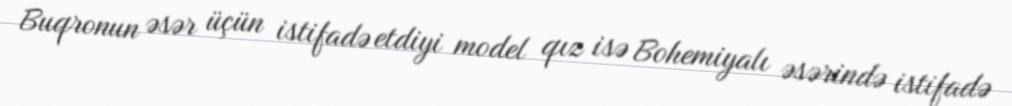
Buqronun əsər üçün istifadə etdiyi model qız isə Bohemiyalı əsərində istifadə